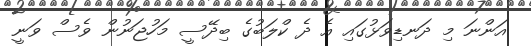
އަންނަ މި ދަނޑިވަޅުގައި އެ ދެ ކްލަބުގެ ބިދޭސީ މަހުޖަނުން ވެސް ވަނީ